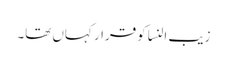
زیب النسا کو قرار کہاں تھا۔